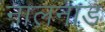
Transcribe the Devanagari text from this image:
नालनाड